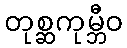
တုစ္ဆကုမ္ဘီဝ